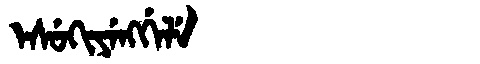
Manchu: ᡝᠰᡠᡴᡳᠶᡝᠩᡤᡝᠯᡝ
Romanization: ESUKIYENGGELE